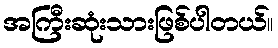
အကြီးဆုံးသားဖြစ်ပါတယ်။